Vaccination returns of the Province of Eastern Bengal and Assam - 1905-1912
Year: 1905
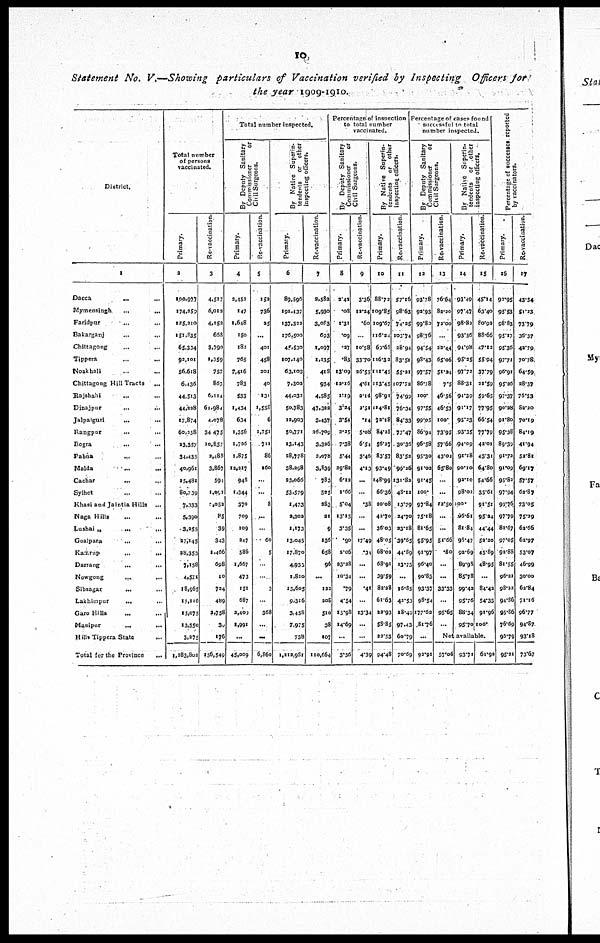
10
Statement No. V.—Showing particulars of Vaccination verified by Inspecting Officers for
the year 1909-1910.
District.
1
Dacca
...
...
Mymensingh
...
...
Faridpur
...
...
Bakarganj
...
...
Chtttagong
...
...
Tippera ... ...
Noakhali ... ...
Chittagong Hill Tracts ...
Rajshahi
... ...
Dinajpur
...
...
Jalpaiguri ... ...
Rangpur
... ...
Bogra ... ...
Pabna
...
Malda ... ...
Cachar
...
...
Sylhet ... ...
Khasi and Jaintia Hills ...
Naga Hills ... ...
Lushai „
...
...
Goalpara ... ...
Kamrup
...
...
Darrang
...
...
Nowgong ... ...
Sibsagar ... ...
Lakhimpur
... ...
Garo Hills ... ...
Manipur
...
...
Hills Tippera State ...
Total for the Province
...
Total number
of persons
vaccinated.
Primary.
2
100,977
174,259
125,210
151,835
65,334
92,101
56,618
6,436
44,513
44,228
17,874
60,158
23,357
34,435
40,961
15,481
80,739
7,133
5,390
3,255
27,145
28,353
7,158
4,571
18,965
15,116
15,075
13,550
3,275
1,383,802
Re-vaccination.
3
4,517
6,012
4,152
668
3,790
1,359
757
867
6,114
61,984
4,078
34,475
10,857
2,488
3,867
594
1,091
1,052
85
39
343
1,466
698
10
724
489
2,758
39
176
156,549
Total number inspected.
By Deputy Sanitary
Commissioner
or
Civil Surgeons.
Primary.
4
2,452
147
1,648
150
182
765
7,416
783
533
1,434
634
1,356
1,726
1,875
12,217
948
1,344
370
709
109
247
586
1,667
473
151
687
2,409
1,991
...
45,009
Re-vaccination.
5
152
736
25
...
401
458
201
40
131
1,558
6
1,751
711
86
160
...
...
8
...
...
60
5
...
...
3
...
368
...
...
6,860
By Native Superin-
tendents or other
inspecting officers.
Primary.
6
89,596
191,437
137,323
176,500
45,530
107,140
63,103
7,303
44,032
50,783
12,903
50,771
13,143
28,778
38,398
93,066
53,579
1,473
2,302
1,173
13,045
17,870
4,933
1,810
15,605
9,316
3,458
7,975
738
1,212,981
Re-vaccination.
7
2,583
5,930
3,083
693
1,097
1,135
418
934
4,585
47,322
3,437
26,709
3,336
2,078
3,839
783
525
283
21
9
136
658
96
...
122
208
510
38
107
110,664
Percentage of inspection
to total number
vaccinated.
By Deputy Sanitary ¬
Commissioner
or
Civil Surgeons.
Primary.
8
2.42
.08
1.31
.09
.27
.83
13.09
12.16
1.19
3.24
3.54
2.25
7.38
5.44
29.82
6.12
1.66
5.04
13.15
3.35
.90
2.06
23.28
10.34
.79
4.54
15.98
14.69
...
3.56
Re-vaccination.
9
3.36
12.24
.60
...
10.58
33.70
26.53
4.61
2.14
2.51
.14
5.08
6.54
3.46
4.13
...
...
.38
...
...
17.49
.34
...
...
.41
...
13.34
...
...
4.39
By Native Superin.
tendents or other
inspecting officers.
Primary.
10
88.72
109.85
109.67
116.34
60.68
116.33
111.45
113.45
98.91
114.81
73.18
84.25
56.27
83.57
93.49
148.99
66.36
20.08
42.70
36.03
48.05
68.02
68.91
39.59
82.28
61.63
22.93
58.85
22.53
94.48
Re-vaccination.
11
57.16
98.63
74.95
103.74
28.94
83.51
55.21
107.72
74.99
76.34
84.33
77.47
30.36
83.52
99.26
131.82
48.12
13.79
24.70
23.18
39.65
44.89
13.75
...
16.85
42.53
18.49
97.43
60.79
70.69
Percentage of cases found
successful to total
number inspected.
By Deputy Sanitary
Commissioner
or
Civil Surgeons.
Primary.
12
93.78
93.93
99.80
98.76
94.54
98.43
97.57
86.78
100.
97.55
99.05
86.94
96.58
95.30
91.02
91.45
100.
97.84
75.18
81.65
95.95
91.97
96.40
90.83
93.37
98.54
177.62
81.76
...
92.91
Re- vaccination.
13
76.64
82.20
72.00
...
22.44
65.06
51.94
7.5
46.56
46.53
100.
73.95
57.66
43.02
65.80
...
...
12.50
...
...
51.66
.80
...
...
33.33
...
95.65
...
By Native Superin¬
tendents or other
inspecting officers.
Primary.
14
93.49
97.47
98.83
93.56
94.98
95.35
97.72
88.31
94.39
91.17
95.23
93.35
94.09
91.18
90.10
92.10
98.02
100.
96.61
81.84
98.47
92.69
89.98
85.78
99.49
95.76
88.34
95.70
Re-vaccination.
15
45.14
63.40
80.93
88.66
47.12
55.94
37.79
21.59
59.65
77.95
66.54
97.79
42.01
43.31
64.80
54.66
35.61
91.51
95.94
44.44
52.20
45.89
48.95
...
84.42
54.33
91.96
100.
Not available.
57.04 93.71 61.92
Percentage of successes reported
by vaccinators.
Primary.
16
92.95
95.53
98.83
95.17
95.36
97.71
96.91
95.36
97.37
90.28
91.80
95.38
89.39
91.72
91.09
95.82
97.94
99.76
97.79
83.67
97.05
93.88
81.55
96.21
98.22
94.86
95.86
76.69
95.79
95.21
Re-vaccination.
17
43.34
51.23
73.79
36.37
49.79
70.78
64.59
98.37
76.53
82.20
70.19
84.19
41.94
53.81
69.17
57.57
62.87
73.05
75.29
62.66
62.97
53.07
46.99
30.00
62.84
71.16
96.77
94.87
93.18
73.67